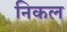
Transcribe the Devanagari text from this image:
निकल